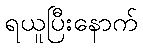
ရယူပြီးနောက်